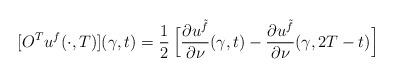
LaTeX: \begin{align*}[O^T u^f(\cdot ,T)](\gamma ,t)=\frac 1 2 \, \Big[ \frac {\partial u^{\tilde f}} {\partial \nu} (\gamma ,t)- \frac {\partial u^{\tilde f}} {\partial \nu} (\gamma ,2T-t) \Big]\end{align*}